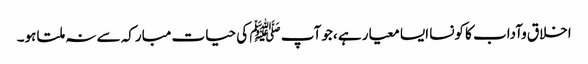
اخلاق وآداب کا کونسا ایسا معیار ہے ،جو آپ ﷺ کی حیات مبارکہ سے نہ ملتا ہو۔